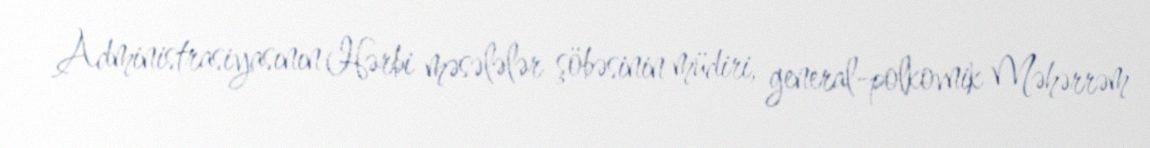
Administrasiyasının Hərbi məsələlər şöbəsinin müdiri, general-polkovnik Məhərrəm